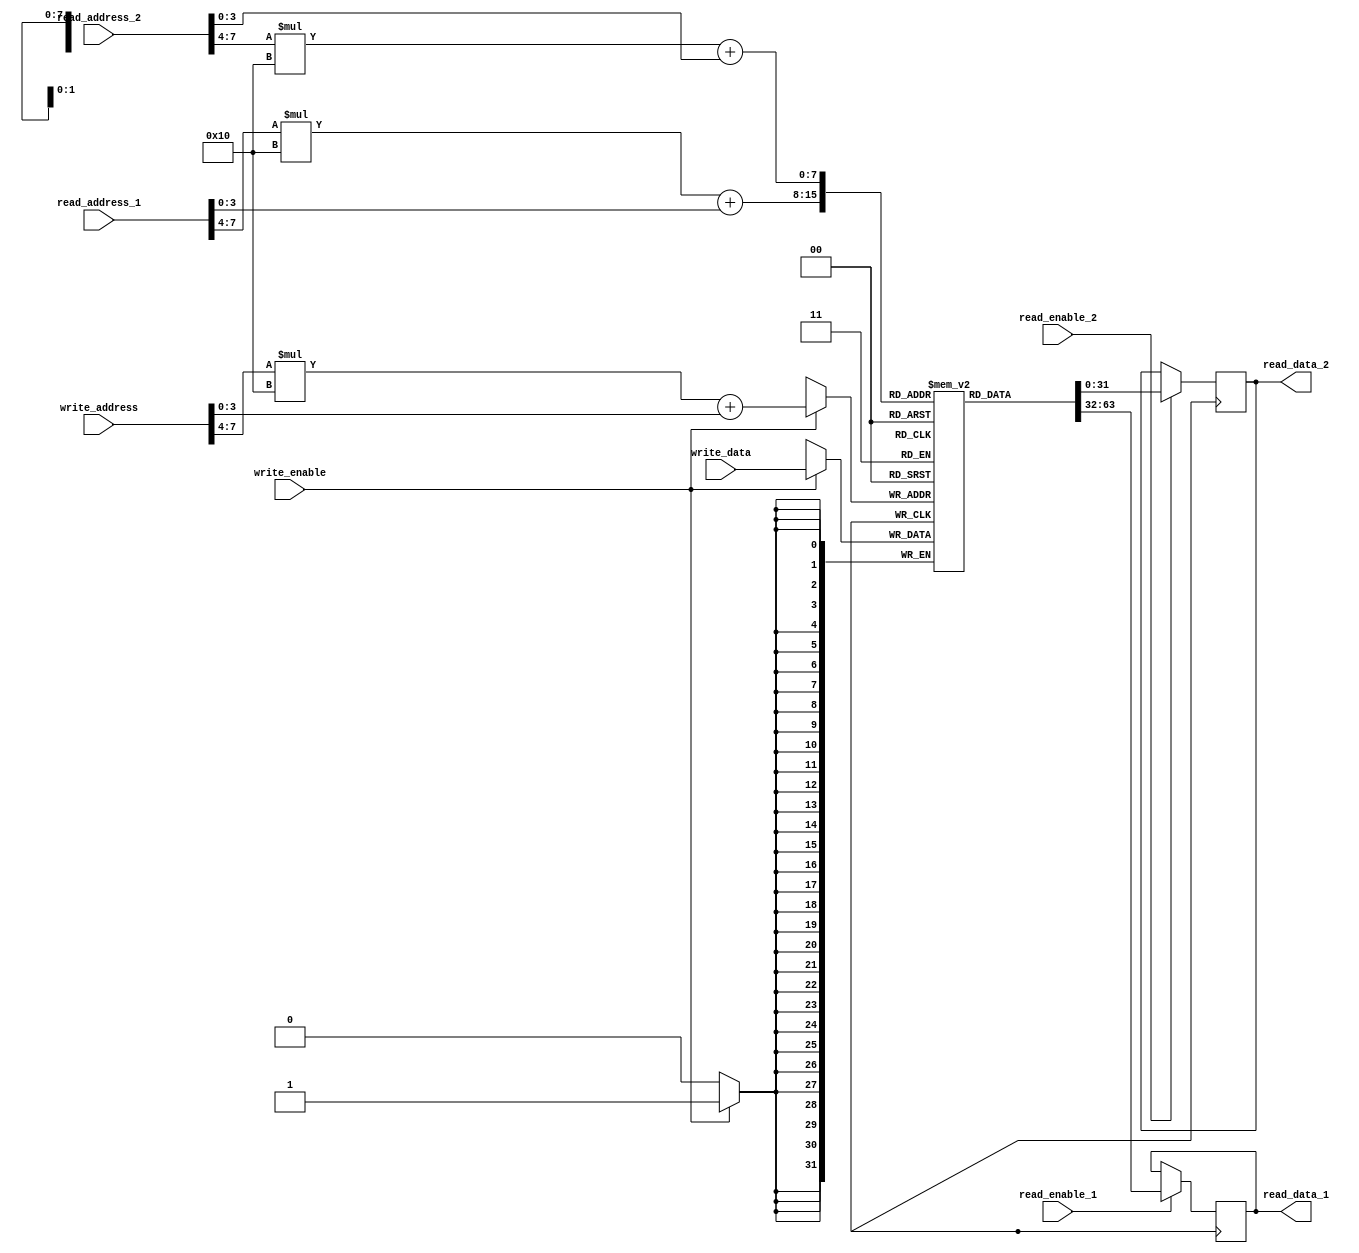
module multiport_register_file(
    input [31:0] read_address_1,
    input [31:0] read_address_2,
    input [31:0] write_address,
    input [31:0] write_data,
    input read_enable_1,
    input read_enable_2,
    input write_enable,
    output reg [31:0] read_data_1,
    output reg [31:0] read_data_2
);

reg [31:0] memory_block [0:15][0:15];

always @ (posedge clk) begin
    if (read_enable_1) begin
        read_data_1 <= memory_block[read_address_1[7:4]][read_address_1[3:0]];
    end
    if (read_enable_2) begin
        read_data_2 <= memory_block[read_address_2[7:4]][read_address_2[3:0]];
    end
    if (write_enable) begin
        memory_block[write_address[7:4]][write_address[3:0]] <= write_data;
    end
end

endmodule